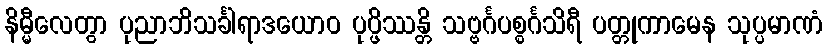
နိမ္မီလေတွာ ပုညာဘိသင်္ခါရာဒယောဝ ပုပ္ဖိဿန္တိ သဗ္ဗင်္ဂပစ္စင်္ဂသိရီ ပတ္တုကာမေန သုပ္ပမာဏံ